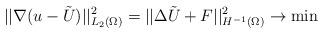
LaTeX: \begin{align*}|| \nabla (u-\tilde{U}) ||_{L_2(\Omega)}^2=|| \Delta \tilde{U} +F||^2_{H^{-1}(\Omega)} \to \min\end{align*}